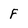
Character: f